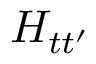
H _ { t t ^ { \prime } }